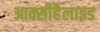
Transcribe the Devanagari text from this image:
आक्सीहैलाइड